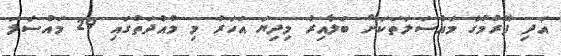
އަދި ފޭރުމުގެ މައްސަލަތަކަށް ބަލާއިރު މިދިޔަ އަހަރު މި މުއްދަތުގައި 29 މައްސަލަ